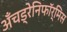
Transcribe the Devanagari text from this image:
अँचड्रेनिफॉर्मिस